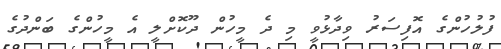
ފުލުހުންގެ އޮފިސަރު ވިދާޅުވީ މި ދެ މީހުން ދޫކޮށްލީ އެ މީހުންގެ ބަންދުގެ